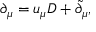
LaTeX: \partial _ { \mu } = u _ { \mu } D + \tilde { \partial } _ { \mu } ,